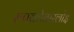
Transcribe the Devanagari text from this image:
रुपकोनारलोइ